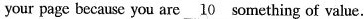
your page because you are\underline{10} something of value.